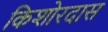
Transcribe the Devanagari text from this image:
किशोरदास